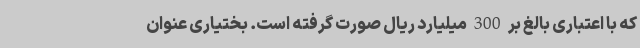
که با اعتباری بالغ بر 300 میلیارد ریال صورت گرفته است. بختیاری عنوان